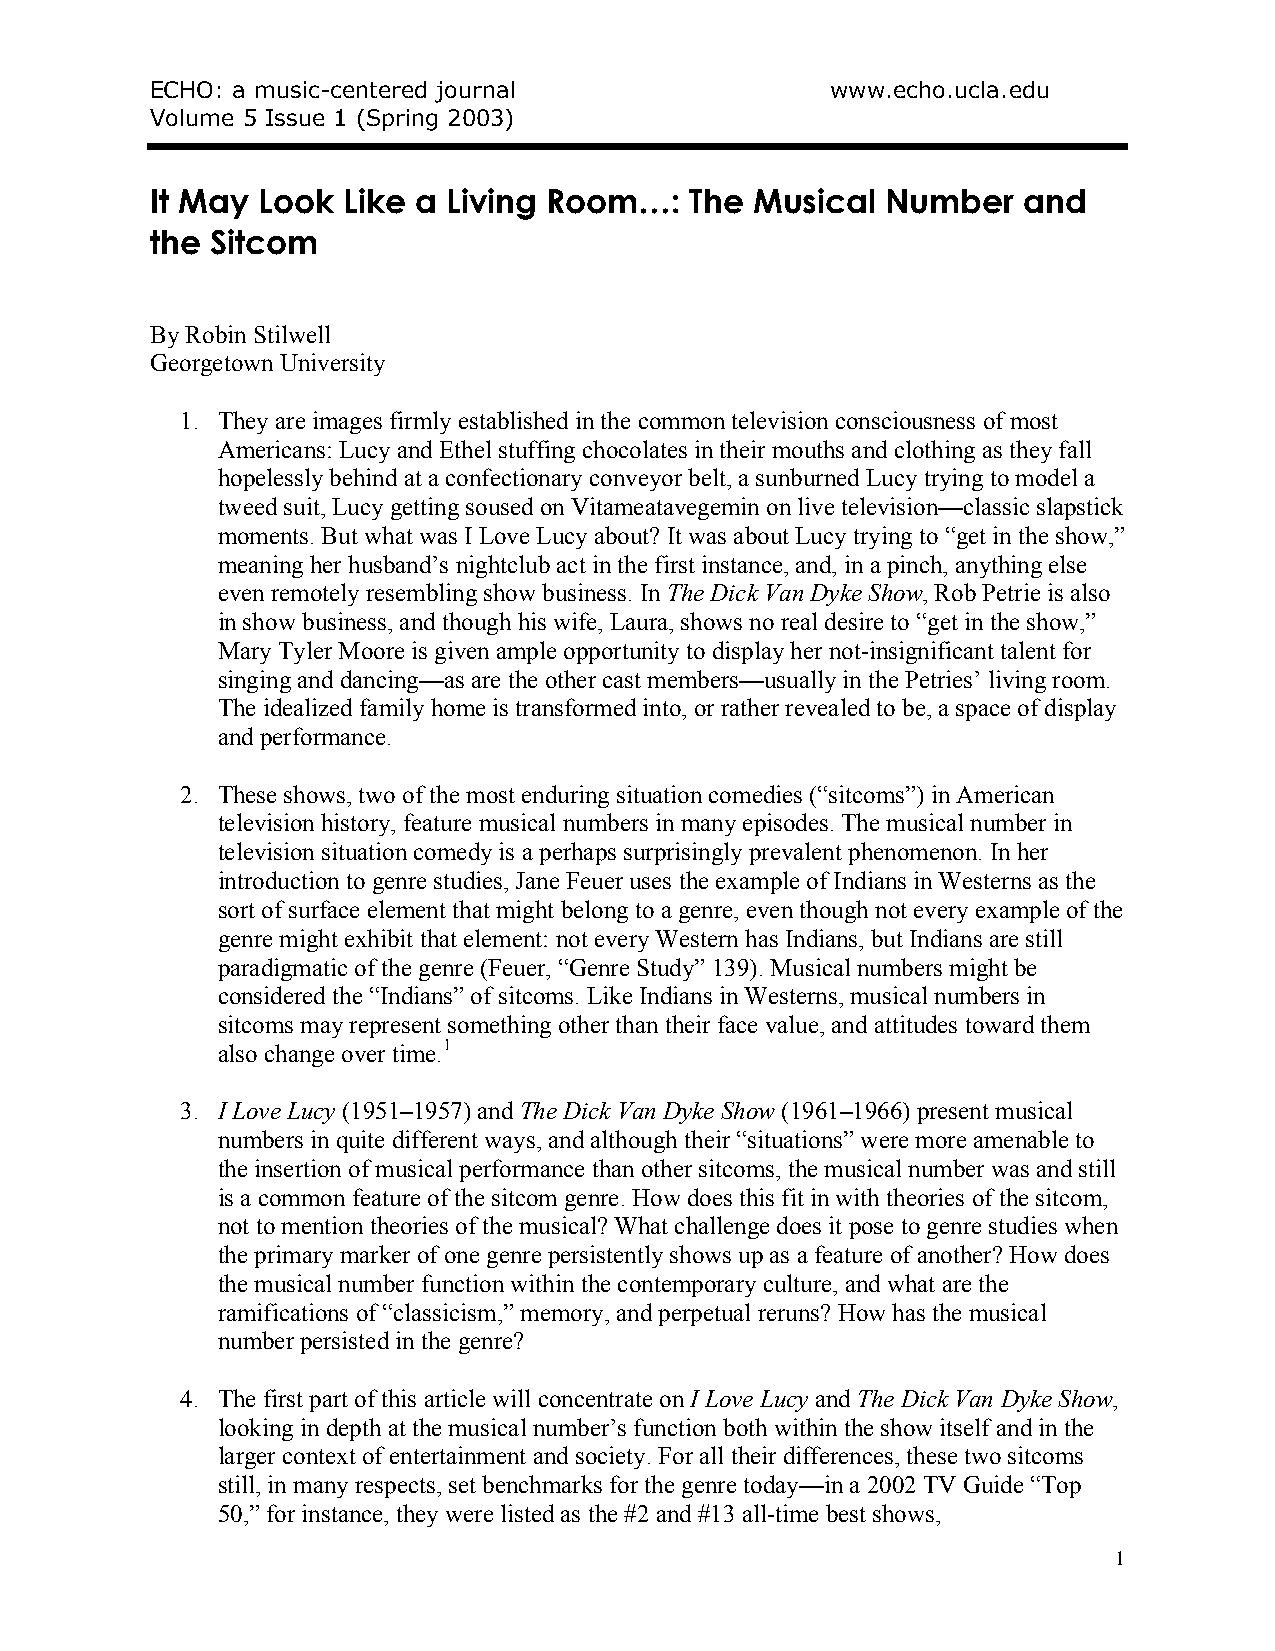
ECHO: a music-centered journal               www.echo.ucla.edu
 Volume 5 Issue 1 (Spring 2003)
 It May Look  Like a Living Room…:   The Musical  Number   and
 the Sitcom
 By Robin Stilwell
 Georgetown University
 1. They are images firmly established in the common television consciousness of most
 Americans: Lucy and Ethel stuffing chocolates in their mouths and clothing as they fall
 hopelessly behind at a confectionary conveyor belt, a sunburned Lucy trying to model a
 tweed suit, Lucy getting soused on Vitameatavegemin on live television—classic slapstick
 moments. But what was I Love Lucy about? It was about Lucy trying to “get in the show,”
 meaning her husband’s nightclub act in the first instance, and, in a pinch, anything else
 even remotely resembling show business. In The Dick Van Dyke Show, Rob Petrie is also
 in show business, and though his wife, Laura, shows no real desire to “get in the show,”
 Mary Tyler Moore is given ample opportunity to display her not-insignificant talent for
 singing and dancing—as are the other cast members—usually in the Petries’ living room.
 The idealized family home is transformed into, or rather revealed to be, a space of display
 and performance.
 2. These shows, two of the most enduring situation comedies (“sitcoms”) in American
 television history, feature musical numbers in many episodes. The musical number in
 television situation comedy is a perhaps surprisingly prevalent phenomenon. In her
 introduction to genre studies, Jane Feuer uses the example of Indians in Westerns as the
 sort of surface element that might belong to a genre, even though not every example of the
 genre might exhibit that element: not every Western has Indians, but Indians are still
 paradigmatic of the genre (Feuer, “Genre Study” 139). Musical numbers might be
 considered the “Indians” of sitcoms. Like Indians in Westerns, musical numbers in
 sitcoms may represent something other than their face value, and attitudes toward them
 also change over time.1
 3. I Love Lucy (1951–1957) and The Dick Van Dyke Show (1961–1966) present musical
 numbers in quite different ways, and although their “situations” were more amenable to
 the insertion of musical performance than other sitcoms, the musical number was and still
 is a common feature of the sitcom genre. How does this fit in with theories of the sitcom,
 not to mention theories of the musical? What challenge does it pose to genre studies when
 the primary marker of one genre persistently shows up as a feature of another? How does
 the musical number function within the contemporary culture, and what are the
 ramifications of “classicism,” memory, and perpetual reruns? How has the musical
 number persisted in the genre?
 4. The first part of this article will concentrate on I Love Lucy and The Dick Van Dyke Show,
 looking in depth at the musical number’s function both within the show itself and in the
 larger context of entertainment and society. For all their differences, these two sitcoms
 still, in many respects, set benchmarks for the genre today—in a 2002 TV Guide “Top
 50,” for instance, they were listed as the #2 and #13 all-time best shows,
 1